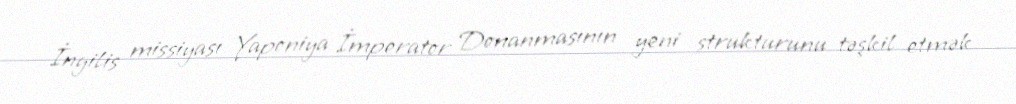
İngilis missiyası Yaponiya İmperator Donanmasının yeni strukturunu təşkil etmək